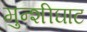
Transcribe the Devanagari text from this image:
मुन्शीघाट